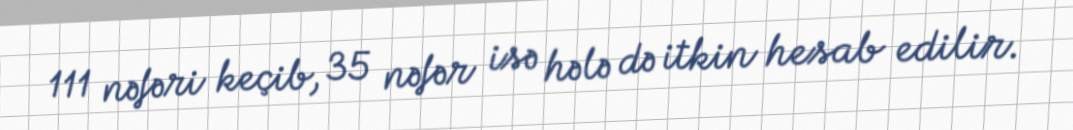
111 nəfəri keçib, 35 nəfər isə hələ də itkin hesab edilir.